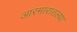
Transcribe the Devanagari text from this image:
आरमारातल्या